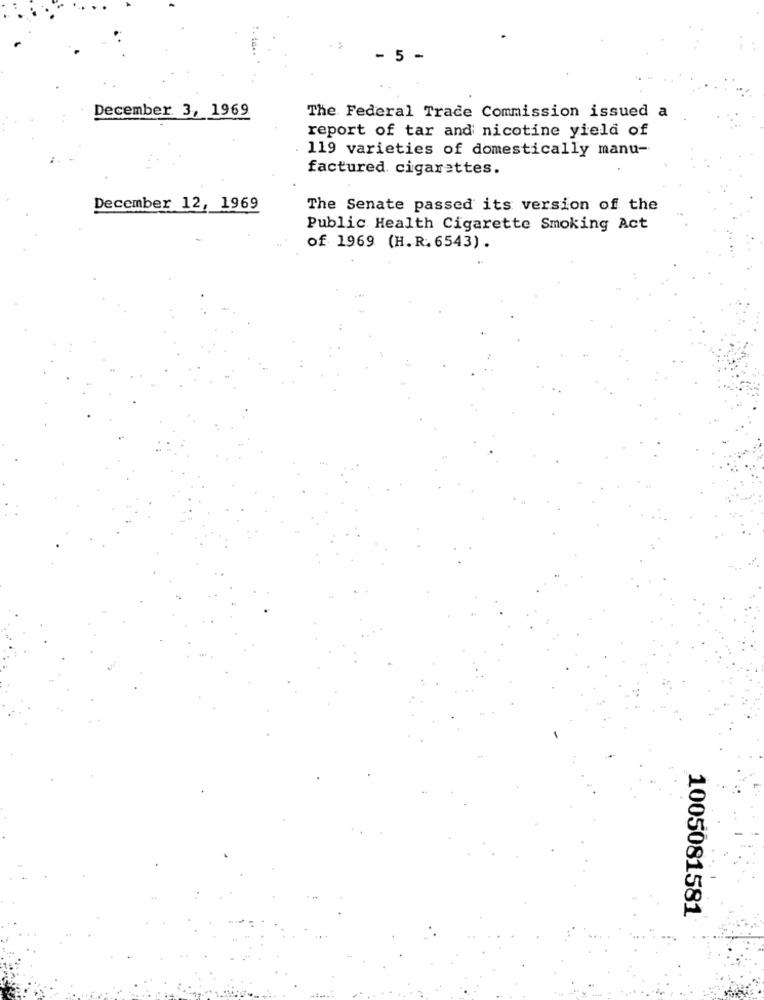
- 5
December 3, 1969
The Federal Trade Commission issued a
report of tar and nicotine yield of
119 varieties of domestically manu-
factured. cigarettes.
December 12, 1969
The Senate passed its version of the
Public Health Cigarette Smoking Act
of 1969 (H.R. 6543) .
1005081581